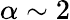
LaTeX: \alpha\sim 2